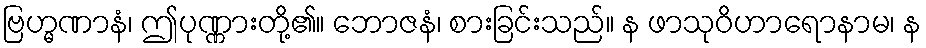
ဗြဟ္မဏာနံ၊ ဤပုဏ္ဏားတို့၏။ ဘောဇနံ၊ စားခြင်းသည်။ န ဖာသုဝိဟာရောနာမ၊ န